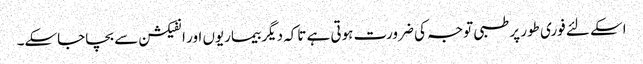
اسکے لئے فوری طور پر طبی توجہ کی ضرورت ہوتی ہے تاکہ دیگر بیماریوں اور انفیکشن سے بچاجاسکے۔